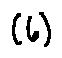
( 6 )